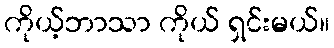
ကိုယ့်ဘာသာ ကိုယ် ရှင်းမယ်။